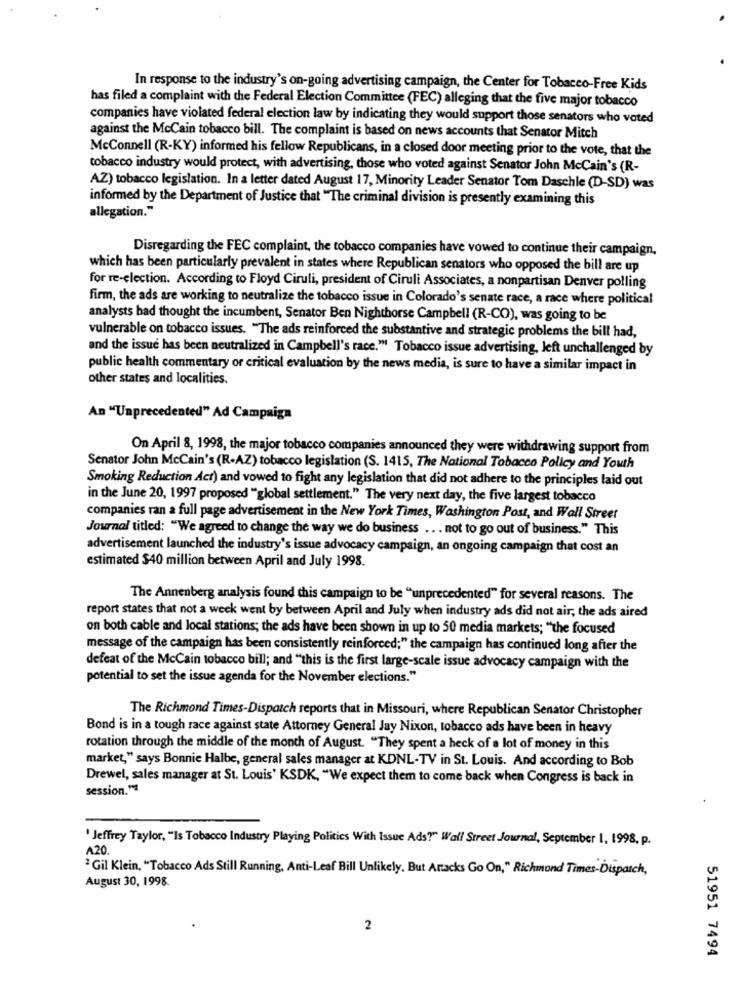
In response to the industry's on-going advertising campaign, the Center for Tobacco-Free Kids
has filed a complaint with the Federal Election Committee (FEC) alleging that the five major tobacco
companies have violated federal election law by indicating they would support those senators who voted
against the McCain tobacco bill. The complaint is based on news accounts that Senator Mitch
McConnell (R-KY) informed his fellow Republicans, in a closed door meeting prior to the vote, that the
tobacco industry would protect, with advertising, those who voted against Senator John McCain's (R-
AZ) tobacco legislation. In a letter dated August 17, Minority Leader Senator Tom Daschle (D-SD) was
informed by the Department of Justice that "The criminal division is presently examining this
allegation."
Disregarding the FEC complaint, the tobacco companies have vowed to continue their campaign,
which has been particularly prevalent in states where Republican senators who opposed the bill are up
for re-election. According to Floyd Ciruli, president of Ciruli Associates, a nonpartisan Denver polling
firm, the ads are working to neutralize the tobacco issue in Colorado's senate race, a race where political
analysts bad thought the incumbent, Senator Ben Nighthorse Campbell (R-CO), was going to be
vulnerable on tobacco issues. "The ads reinforced the substantive and strategic problems the bill had,
and the issue has been neutralized in Campbell's race." Tobacco issue advertising, left unchallenged by
public health commentary or critical evaluation by the news media, is sure to have a similar impact in
other states and localities.
An "Unprecedented" Ad Campaign
On April 8, 1998, the major tobacco companies announced they were withdrawing support from
Senator John McCain's (R.AZ) tobacco legislation (S. 1415, The National Tabacco Policy and Youth
Smoking Reduction Act) and vowed to fight any legislation that did not adhere to the principles laid out
in the June 20, 1997 proposed "global settlement." The very next day, the five largest tobacco
companies ran a full page advertisement in the New York Times, Washington Post, and Wall Street
Journal titled: "We agreed to change the way we do business .. . not to go out of business." This
advertisement launched the industry's issue advocacy campaign, an ongoing campaign that cost an
estimated $40 million between April and July 1998.
The Annenberg analysis found this campaign to be "unprecedented" for several reasons. The
report states that not a week went by between April and July when industry ads did not air, the ads aired
on both cable and local stations; the ads have been shown in up to 50 media markets; "the focused
message of the campaign has been consistently reinforced;" the campaign has continued long after the
defeat of the McCain tobacco bill; and "this is the first large-scale issue advocacy campaign with the
potential to set the issue agenda for the November elections."
The Richmond Times-Dispatch reports that in Missouri, where Republican Senator Christopher
Bond is in a tough race against state Attorney General Jay Nixon, tobacco ads have been in heavy
rotation through the middle of the month of August. "They spent a heck of a lot of money in this
market," says Bonnie Halbe, general sales manager at KDNL-TV in St. Louis. And according to Bob
Drewel, sales manager at St. Louis' KSDK, "We expect them to come back when Congress is back in
session."1
' Jeffrey Taylor, "Is Tobacco Industry Playing Politics With Issue Ads?" Wall Street Journal, September 1, 1998, p.
A20.
Gil Klein, "Tobacco Ads Still Running, Anti-Leaf Bill Unlikely. But Attacks Go On," Richmond Times-Dispatch,
August 30, 1998.
2
51951 7494